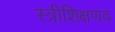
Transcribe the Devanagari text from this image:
स्त्रीशिक्षणव